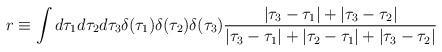
LaTeX: \begin{align*}r \equiv \int d{\tau}_1 d{\tau}_2 d{\tau}_3 \delta ( {\tau}_1 ) \delta ( {\tau}_2 ) \delta ( {\tau}_3 ) \frac{| {\tau}_3 - {\tau}_1 | + | {\tau}_3 - {\tau}_2 |}{| {\tau}_3 - {\tau}_1 | + | {\tau}_2 - {\tau}_1 | + | {\tau}_3 - {\tau}_2 |} \; \end{align*}